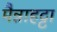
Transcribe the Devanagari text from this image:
मैन्नाहट्टा